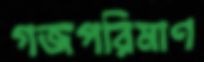
গজপরিমাণ